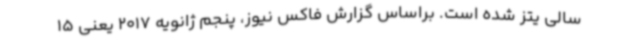
سالی یتز شده است. براساس گزارش فاکس نیوز، پنجم ژانویه 2017 یعنی 15